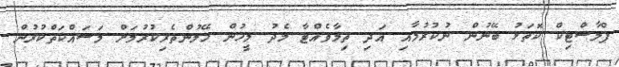
ޕްލާސްޓިކް ކޮތަޅު ބޭނުން ނުކުރުމާއި އަދި ތިމާވެއްޓާ މެދު މީހުން ހޭލުންތެރިކުރުމަށް މަސައްކަތްކުރުން